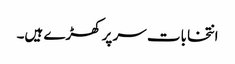
انتخابات سر پر کھڑے ہیں۔